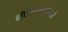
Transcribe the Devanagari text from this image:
बांधकामाप्रमाणे